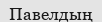
Павелдың